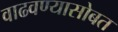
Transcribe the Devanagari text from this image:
वाढवण्यासोबत